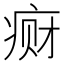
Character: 𱱕